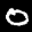
Label: 0